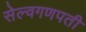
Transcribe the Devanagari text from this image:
सेल्वगणपती